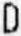
D